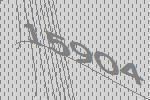
15904